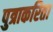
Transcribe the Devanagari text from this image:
पुत्राकरिता